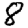
Digit: 8